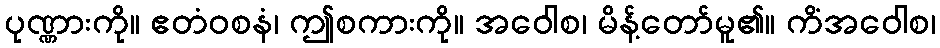
ပုဏ္ဏားကို။ ဧတံဝစနံ၊ ဤစကားကို။ အဝေါစ၊ မိန့်တော်မူ၏။ ကိံအဝေါစ၊